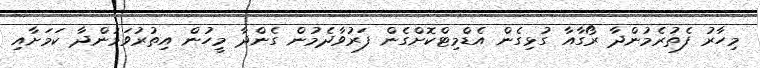
މިހާރު ފެތުރެމުންދާ ރޯގާއާ ގުޅިގެން އެޑްމިޓްކޮށްގެން ފަރުވާދެމުން ގެންދާ މީހުން އިތުރުވަމުންދާ ކަމަށާއި